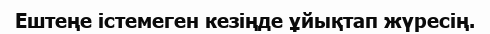
Ештеңе істемеген кезіңде ұйықтап жүресің.